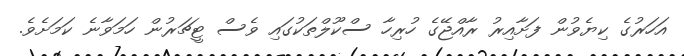
އަހަރުގެ ކިޔެވުން ފަށާއިރު ރާއްޖޭގެ ހުރިހާ ސްކޫލްތަކުގައި ވެސް ޓީޗަރުން ހަމަވާނެ ކަމަށެވެ.